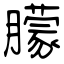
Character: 䑃